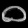
Digit: ၀